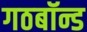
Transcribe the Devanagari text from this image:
गठबॉन्ड